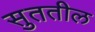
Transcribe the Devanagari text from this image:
सुततील